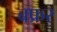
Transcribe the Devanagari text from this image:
बफ्रर